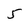
Character: 5